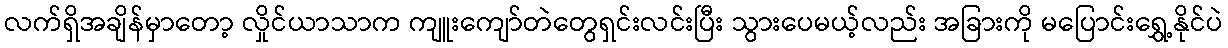
လက်ရှိအချိန်မှာတော့ လှိုင်ယာသာက ကျူးကျော်တဲတွေရှင်းလင်းပြီး သွားပေမယ့်လည်း အခြားကို မပြောင်းရွှေ့နိုင်ပဲ